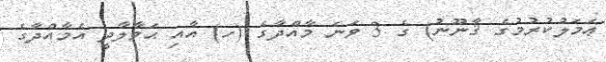
ޢަމަލުކުރުމުގެ ޤާނޫނު) ގެ 3 ވަނަ މާއްދާގެ (ހ) އާއި ޙަވާލާދީ އެމާއްދާގެ